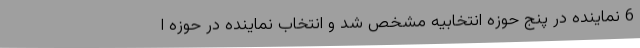
6 نماینده در پنج حوزه انتخابیه مشخص شد و انتخاب نماینده در حوزه ا